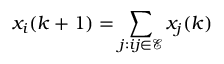
x _ { i } ( k + 1 ) = \sum _ { j : i j \in \mathcal E } x _ { j } ( k )